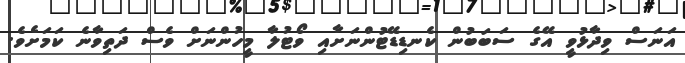
އަނަސް ވިދާޅުވީ އޭގެ ސަބަބުން ކެނޑިޑޭޓުންނަށާއި ވޯޓުލާ މީހުންނަށް ވެސް ދަތިވާނެ ކަމަށެވެ.